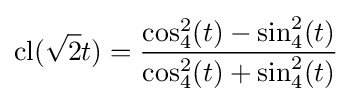
\operatorname {cl} ({\sqrt {2}}t)={\frac {\cos _{4}^{2}(t)-\sin _{4}^{2}(t)}{\cos _{4}^{2}(t)+\sin _{4}^{2}(t)}}